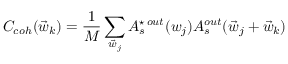
C _ { c o h } ( \vec { w } _ { k } ) = \frac { 1 } { M } \sum _ { \vec { w } _ { j } } A _ { s } ^ { \star \, o u t } ( w _ { j } ) A _ { s } ^ { o u t } ( \vec { w } _ { j } + \vec { w } _ { k } )